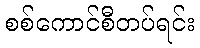
စစ်ကောင်စီတပ်ရင်း